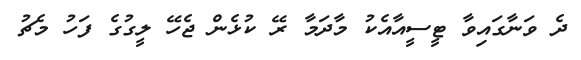
ދެ ވަނާގައިވާ ޓީސީއާއެކު މާދަމާ ރޭ ކުޅެން ޖެހޭ ލީގުގެ ފަހު މެޗު